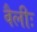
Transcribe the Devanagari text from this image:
वैलीः